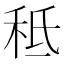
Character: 秪